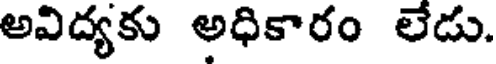
అవిద్యకు అధికారం లేడు.